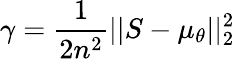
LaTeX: \gamma=\frac{1}{2n^{2}}||S-\mu_{\theta}||_{2}^{2}